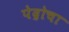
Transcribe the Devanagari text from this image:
पेद्रोचा